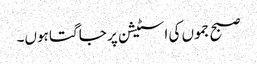
صبح جموں کی اسٹیشن پر جاگتا ہوں۔